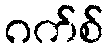
ဂက်စ်